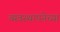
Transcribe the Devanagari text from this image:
व्यवस्थापनेच्या